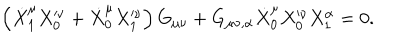
\left( \dot { X } _ { 1 } ^ { \mu } X _ { 0 } ^ { \nu } + \dot { X } _ { 0 } ^ { \mu } X _ { 1 } ^ { \nu } \right) G _ { \mu \nu } + G _ { \mu \nu , \alpha } \dot { X } _ { 0 } ^ { \mu } X _ { 0 } ^ { \nu } X _ { 1 } ^ { \alpha } = 0 .